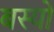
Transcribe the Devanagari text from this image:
बस्‍यो